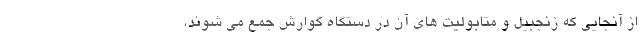
از آنجایی که زنجبیل و متابولیت های آن در دستگاه گوارش جمع می شوند،